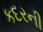
કદરની